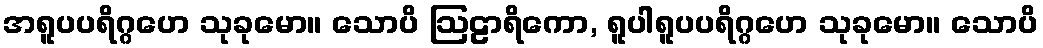
အရူပပရိဂ္ဂဟေ သုခုမော။ သောပိ ဩဠာရိကော, ရူပါရူပပရိဂ္ဂဟေ သုခုမော။ သောပိ